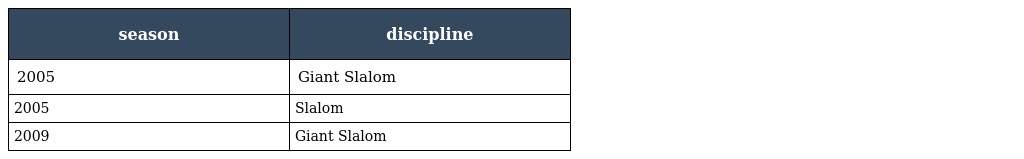
| season | discipline |
 | --- | --- |
 | 2005 | Giant Slalom |
 | 2005 | Slalom |
 | 2009 | Giant Slalom |